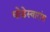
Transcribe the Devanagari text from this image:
घोडेस्वारांस